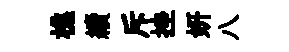
樵續斥挫妍八